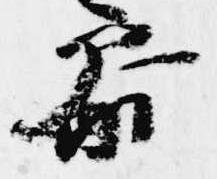
参